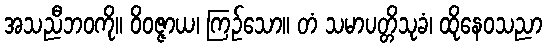
အသညီဘဝကို။ ဝိဝဇ္ဇာယ၊ ကြဉ်သော။ တံ သမာပတ္တိသုခံ၊ ထိုနေဝသညာ